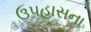
ઉપહાસના